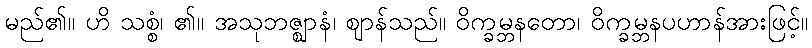
မည်၏။ ဟိ သစ္စံ၊ ၏။ အသုဘဇ္ဈာနံ၊ ဈာန်သည်။ ဝိက္ခမ္ဘနတော၊ ဝိက္ခမ္ဘနပဟာန်အားဖြင့်။